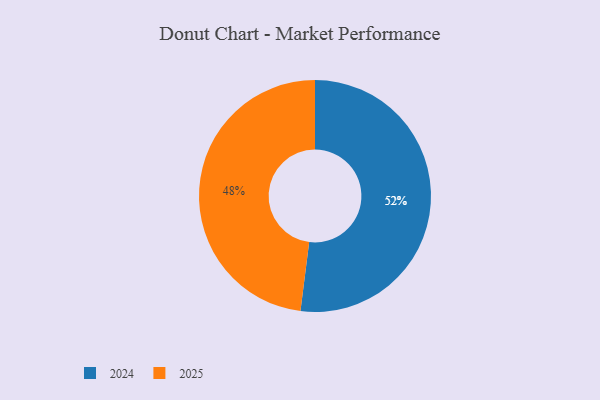
{"axis": {"x": "Category", "y": "Percentage"}, "legend": ["2024", "2025"], "data": [{"x": "2025", "y": 48, "type": "2025"}, {"x": "2024", "y": 52, "type": "2024"}]}